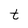
Character: t